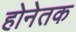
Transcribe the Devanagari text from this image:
होनेतक